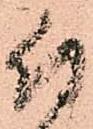
付